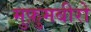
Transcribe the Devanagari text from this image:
मुफ़ुमबीरो